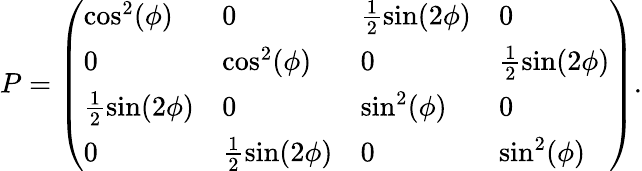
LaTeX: \begin{array}{r}{P=\left(\begin{array}{llll}{\cos^{2}(\phi)}&{0}&{\frac{1}{2}\sin(2\phi)}&{0}\\ {0}&{\cos^{2}(\phi)}&{0}&{\frac{1}{2}\sin(2\phi)}\\ {\frac{1}{2}\sin(2\phi)}&{0}&{\sin^{2}(\phi)}&{0}\\ {0}&{\frac{1}{2}\sin(2\phi)}&{0}&{\sin^{2}(\phi)}\end{array}\right).}\end{array}